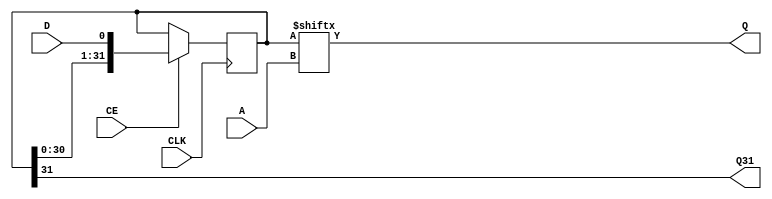
// SPDX-License-Identifier: CERN-OHL-P
//
// Copyright 2022-2024 Wavelet Lab
//
// USDR PROJECT
// CLEAN
//
module SRLC32E #(
	parameter INIT = 32'h00000000
) (
    input       CLK,
    input       CE,
    input       D,
    input [4:0] A,
    output      Q,
    output      Q31
);

reg [31:0] srcl32e = INIT;

assign Q   = srcl32e[A];
assign Q31 = srcl32e[31];

always @(posedge CLK) begin
	if (CE) begin
		srcl32e <= { srcl32e[30:0], D };
	end
end

endmodule